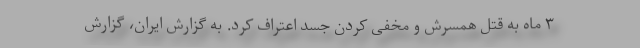
۳ ماه به قتل همسرش و مخفی کردن جسد اعتراف کرد. به گزارش ایران، گزارش